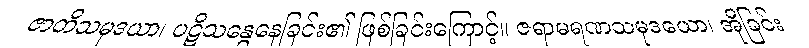
ဇာတိသမုဒယာ၊ ပဋိသန္ဓေနေခြင်း၏ ဖြစ်ခြင်းကြောင့်။ ဇရာမရဏသမုဒယော၊ အိုခြင်း